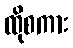
ထိုစကား